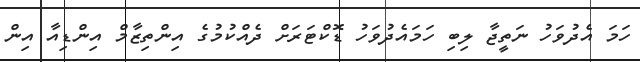
ހަމަ އެދުވަހު ނަތީޖާ ލިބި ހަމައެދުވަހު ޑޮކްޓަރަށް ދެއްކުމުގެ އިންތިޒާމް އިންޑިއާ އިން